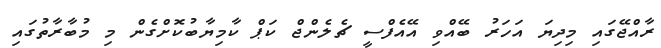
ރާއްޖޭގައި މިދިޔަ އަހަރު ބޭއްވި އޭއެފްސީ ޗެލެންޖް ކަޕް ކާމިޔާބުކޮށްގެން މި މުބާރާތުގައި